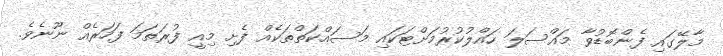
މާލޭގައި ފެންބޮޑުވާ މައްސަލަ ހައްލުކުރުމަށްޓަކައި މަސައްކަތްތަކެއް ފެށި މިއީ ފުރަތަމަ ފަހަރެއް ނޫނެވެ.